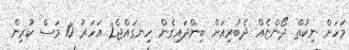
މަހަށް ނިކުތް ދޯންޏެއް ދެބުރިއަށް ބިންދައިގެން ހިނގައްޖެ2 އަހަރު 10 މަސް ކުރިން.